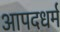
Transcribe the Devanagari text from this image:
आपदधर्म